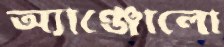
অ্যাঞ্জোলো